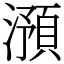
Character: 澦